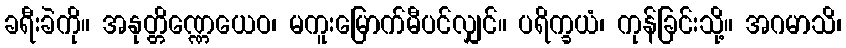
ခရီးခဲကို။ အနုတ္တိဏ္ဏေယေဝ၊ မကူးမြောက်မီပင်လျှင်။ ပရိက္ခယံ၊ ကုန်ခြင်းသို့။ အဂမာသိ၊